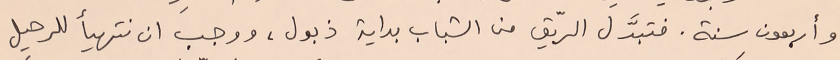
وأربعون سنة. فتبدَّل الرّيق من الشباب بداية ذبول، ووجبَ ان نتهيأ للرحيل